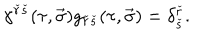
\gamma ^ { \check { r } \check { s } } ( \tau , \vec { \sigma } ) g _ { \check { r } \check { s } } ( \tau , \vec { \sigma } ) = \delta _ { \check { s } } ^ { \check { r } } .